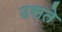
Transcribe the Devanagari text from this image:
उसते